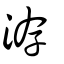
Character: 洊